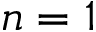
n = 1